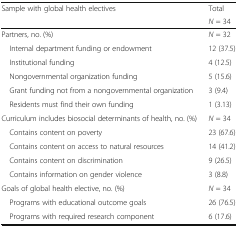
<table><thead><tr><td rowspan="2"><b>Sample with global health electives</b></td><td><b>Total</b></td></tr><tr><td><b><i>N</i> = 34</b></td></tr></thead><tbody><tr><td>Partners, no. (%)</td><td><i>N</i> = 32</td></tr><tr><td> Internal department funding or endowment</td><td>12 (37.5)</td></tr><tr><td> Institutional funding</td><td>4 (12.5)</td></tr><tr><td> Nongovernmental organization funding</td><td>5 (15.6)</td></tr><tr><td> Grant funding not from a nongovernmental organization</td><td>3 (9.4)</td></tr><tr><td> Residents must find their own funding</td><td>1 (3.13)</td></tr><tr><td>Curriculum includes biosocial determinants of health, no. (%)</td><td><i>N</i> = 34</td></tr><tr><td> Contains content on poverty</td><td>23 (67.6)</td></tr><tr><td> Contains content on access to natural resources</td><td>14 (41.2)</td></tr><tr><td> Contains content on discrimination</td><td>9 (26.5)</td></tr><tr><td> Contains information on gender violence</td><td>3 (8.8)</td></tr><tr><td>Goals of global health elective, no. (%)</td><td><i>N</i> = 34</td></tr><tr><td> Programs with educational outcome goals</td><td>26 (76.5)</td></tr><tr><td> Programs with required research component</td><td>6 (17.6)</td></tr></tbody></table>